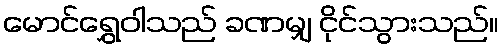
မောင်ရွှေဝါသည် ခဏမျှ ငိုင်သွားသည်။